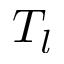
T _ { l }